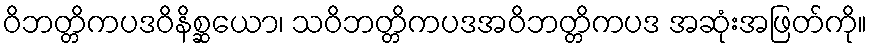
ဝိဘတ္တိကပဒဝိနိစ္ဆယော၊ သဝိဘတ္တိကပဒအဝိဘတ္တိကပဒ အဆုံးအဖြတ်ကို။